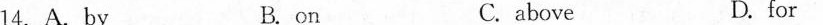
14.A.by B. on C. above D.for